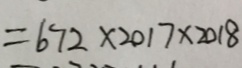
= 6 7 2 \times 2 0 1 7 \times 2 0 1 8